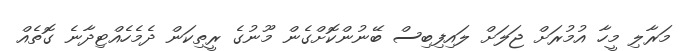
މަރާލި މީހާ އުމުރަށް ޖަލަށް ލައިފިބިސް ބޭނުންކޮށްގެން މޫނުގެ ރީތިކަން ދެމެހެއްޓިދާނެ ގޮތެއް